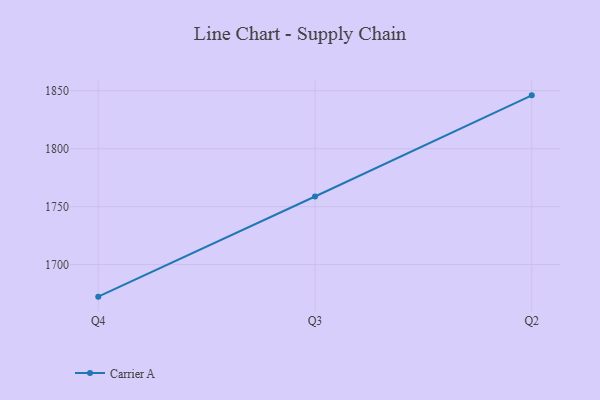
{"axis": {"x": "Quarter", "y": "Tickets Resolved"}, "legend": ["Carrier A"], "data": [{"x": "Q4", "y": 1672.3, "type": "Carrier A"}, {"x": "Q3", "y": 1758.7, "type": "Carrier A"}, {"x": "Q2", "y": 1846.0, "type": "Carrier A"}]}